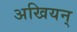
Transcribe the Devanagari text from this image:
अखियन्